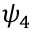
\psi _ { 4 }